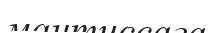
мантиссаға